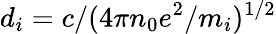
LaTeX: d_{i}=c/(4\pi n_{0}e^{2}/m_{i})^{1/2}